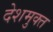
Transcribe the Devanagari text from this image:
देशमुक्त